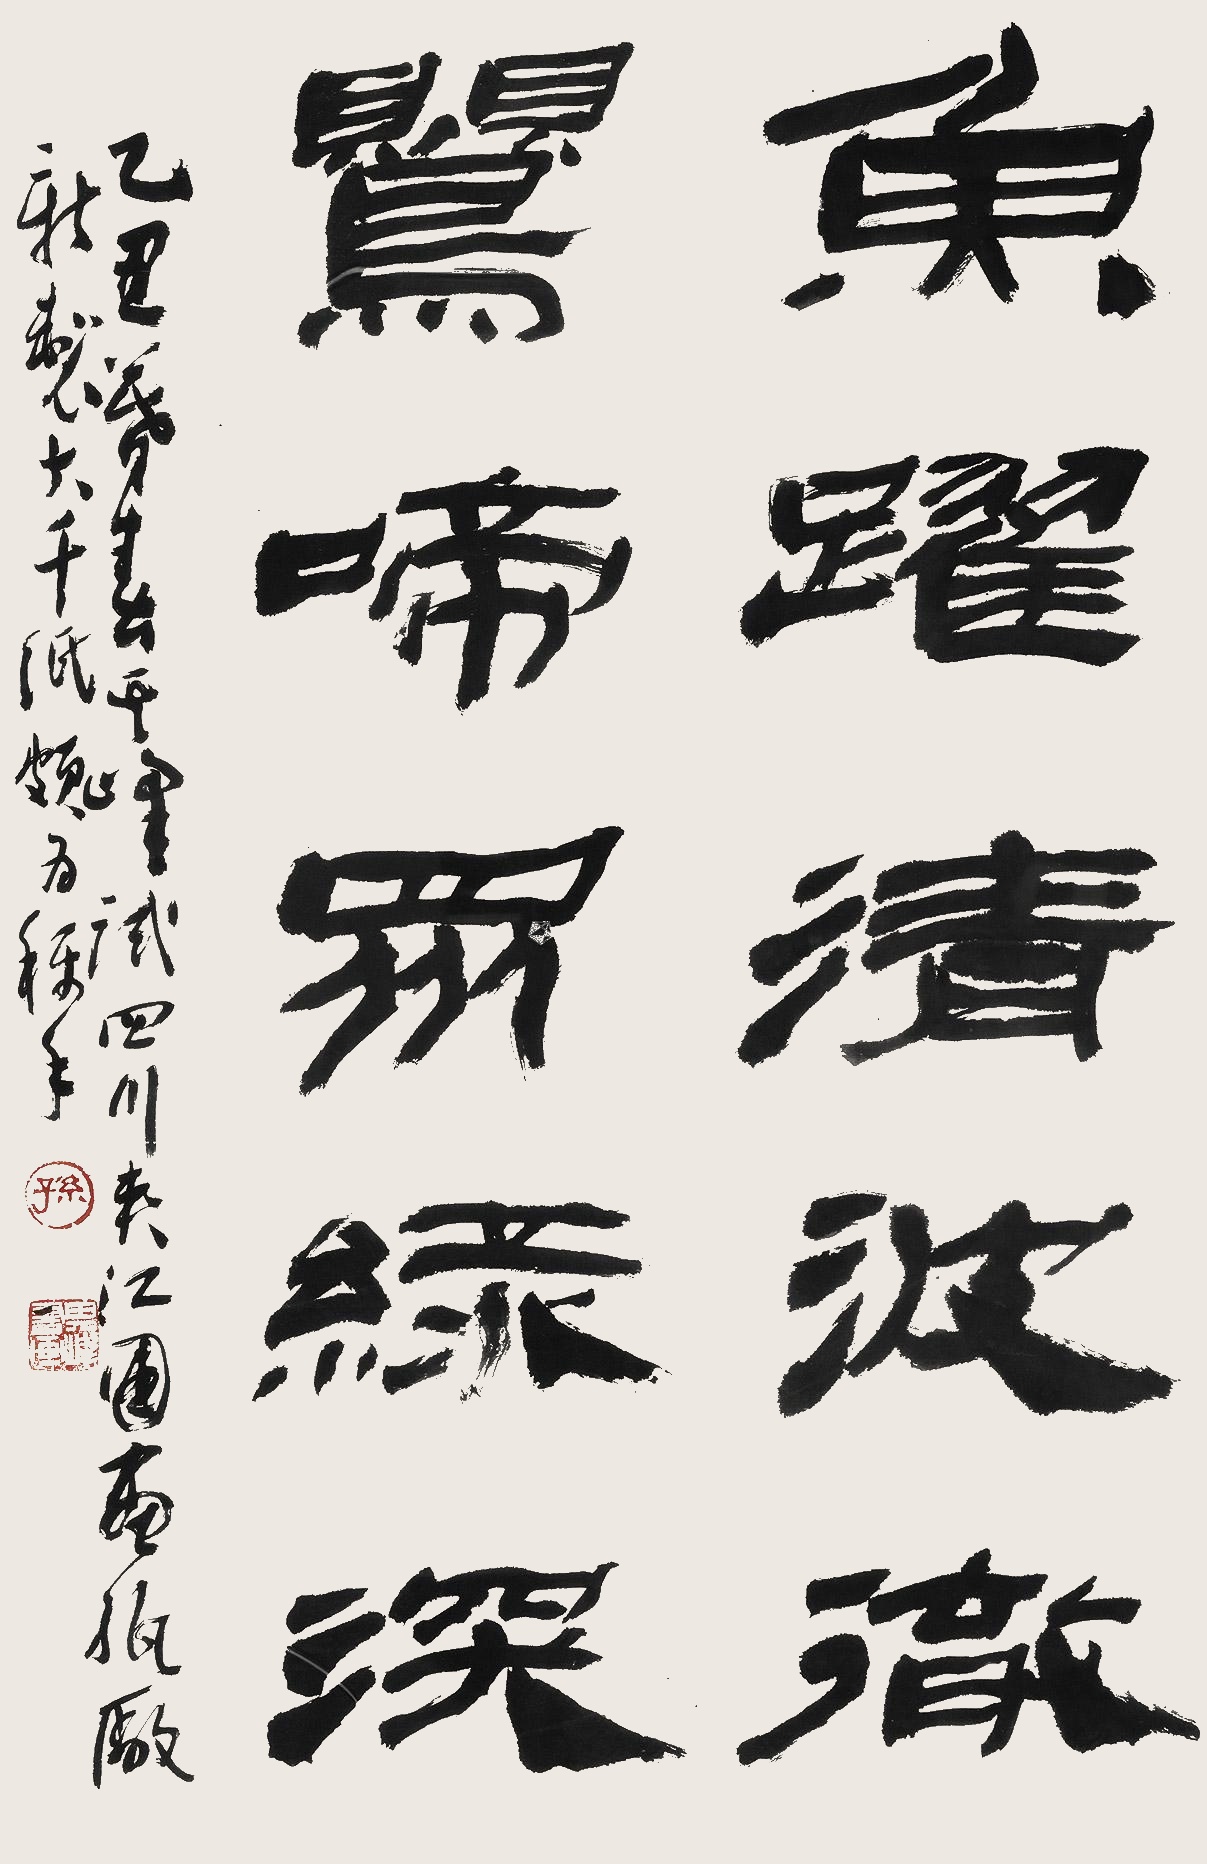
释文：鱼跃清波澈，莺啼众绿深。乙丑暮春其峰试四川夹江国画纸厂新制大千纸，颇为称手。